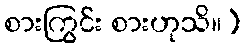
စားကြွင်း စားဟုသိ။)